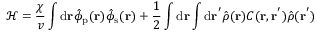
\mathcal { H } = \frac { \chi } { v } \int \mathrm { d } { \mathbf { r } } \hat { \phi } _ { \mathrm { p } } ( \mathbf { r } ) \hat { \phi } _ { \mathrm { s } } ( \mathbf { r } ) + \frac { 1 } { 2 } \int \mathrm { d } { \mathbf { r } } \int \mathrm { d } { \mathbf { r ^ { ' } } } \hat { \rho } ( \mathbf { r } ) C ( \mathbf { r } , \mathbf { r ^ { ' } } ) \hat { \rho } ( \mathbf { r } ^ { ' } )